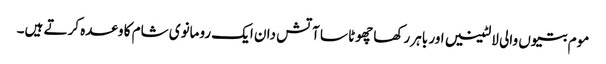
موم بتیوں والی لالٹینیں اور باہر رکھا چھوٹا سا آتش دان ایک رومانوی شام کا وعدہ کرتے ہیں۔